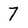
Character: 7